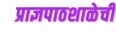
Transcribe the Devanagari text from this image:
प्राज्ञपाठशाळेची